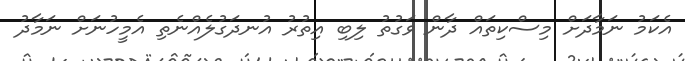
އެކަމު ނަމާދަށް މިސްކިތައް ދާން ވަގުތު ލިބި އިތުރު އުނދަގުލެއްނެތި އެމީހުނަށް ނަމާދު